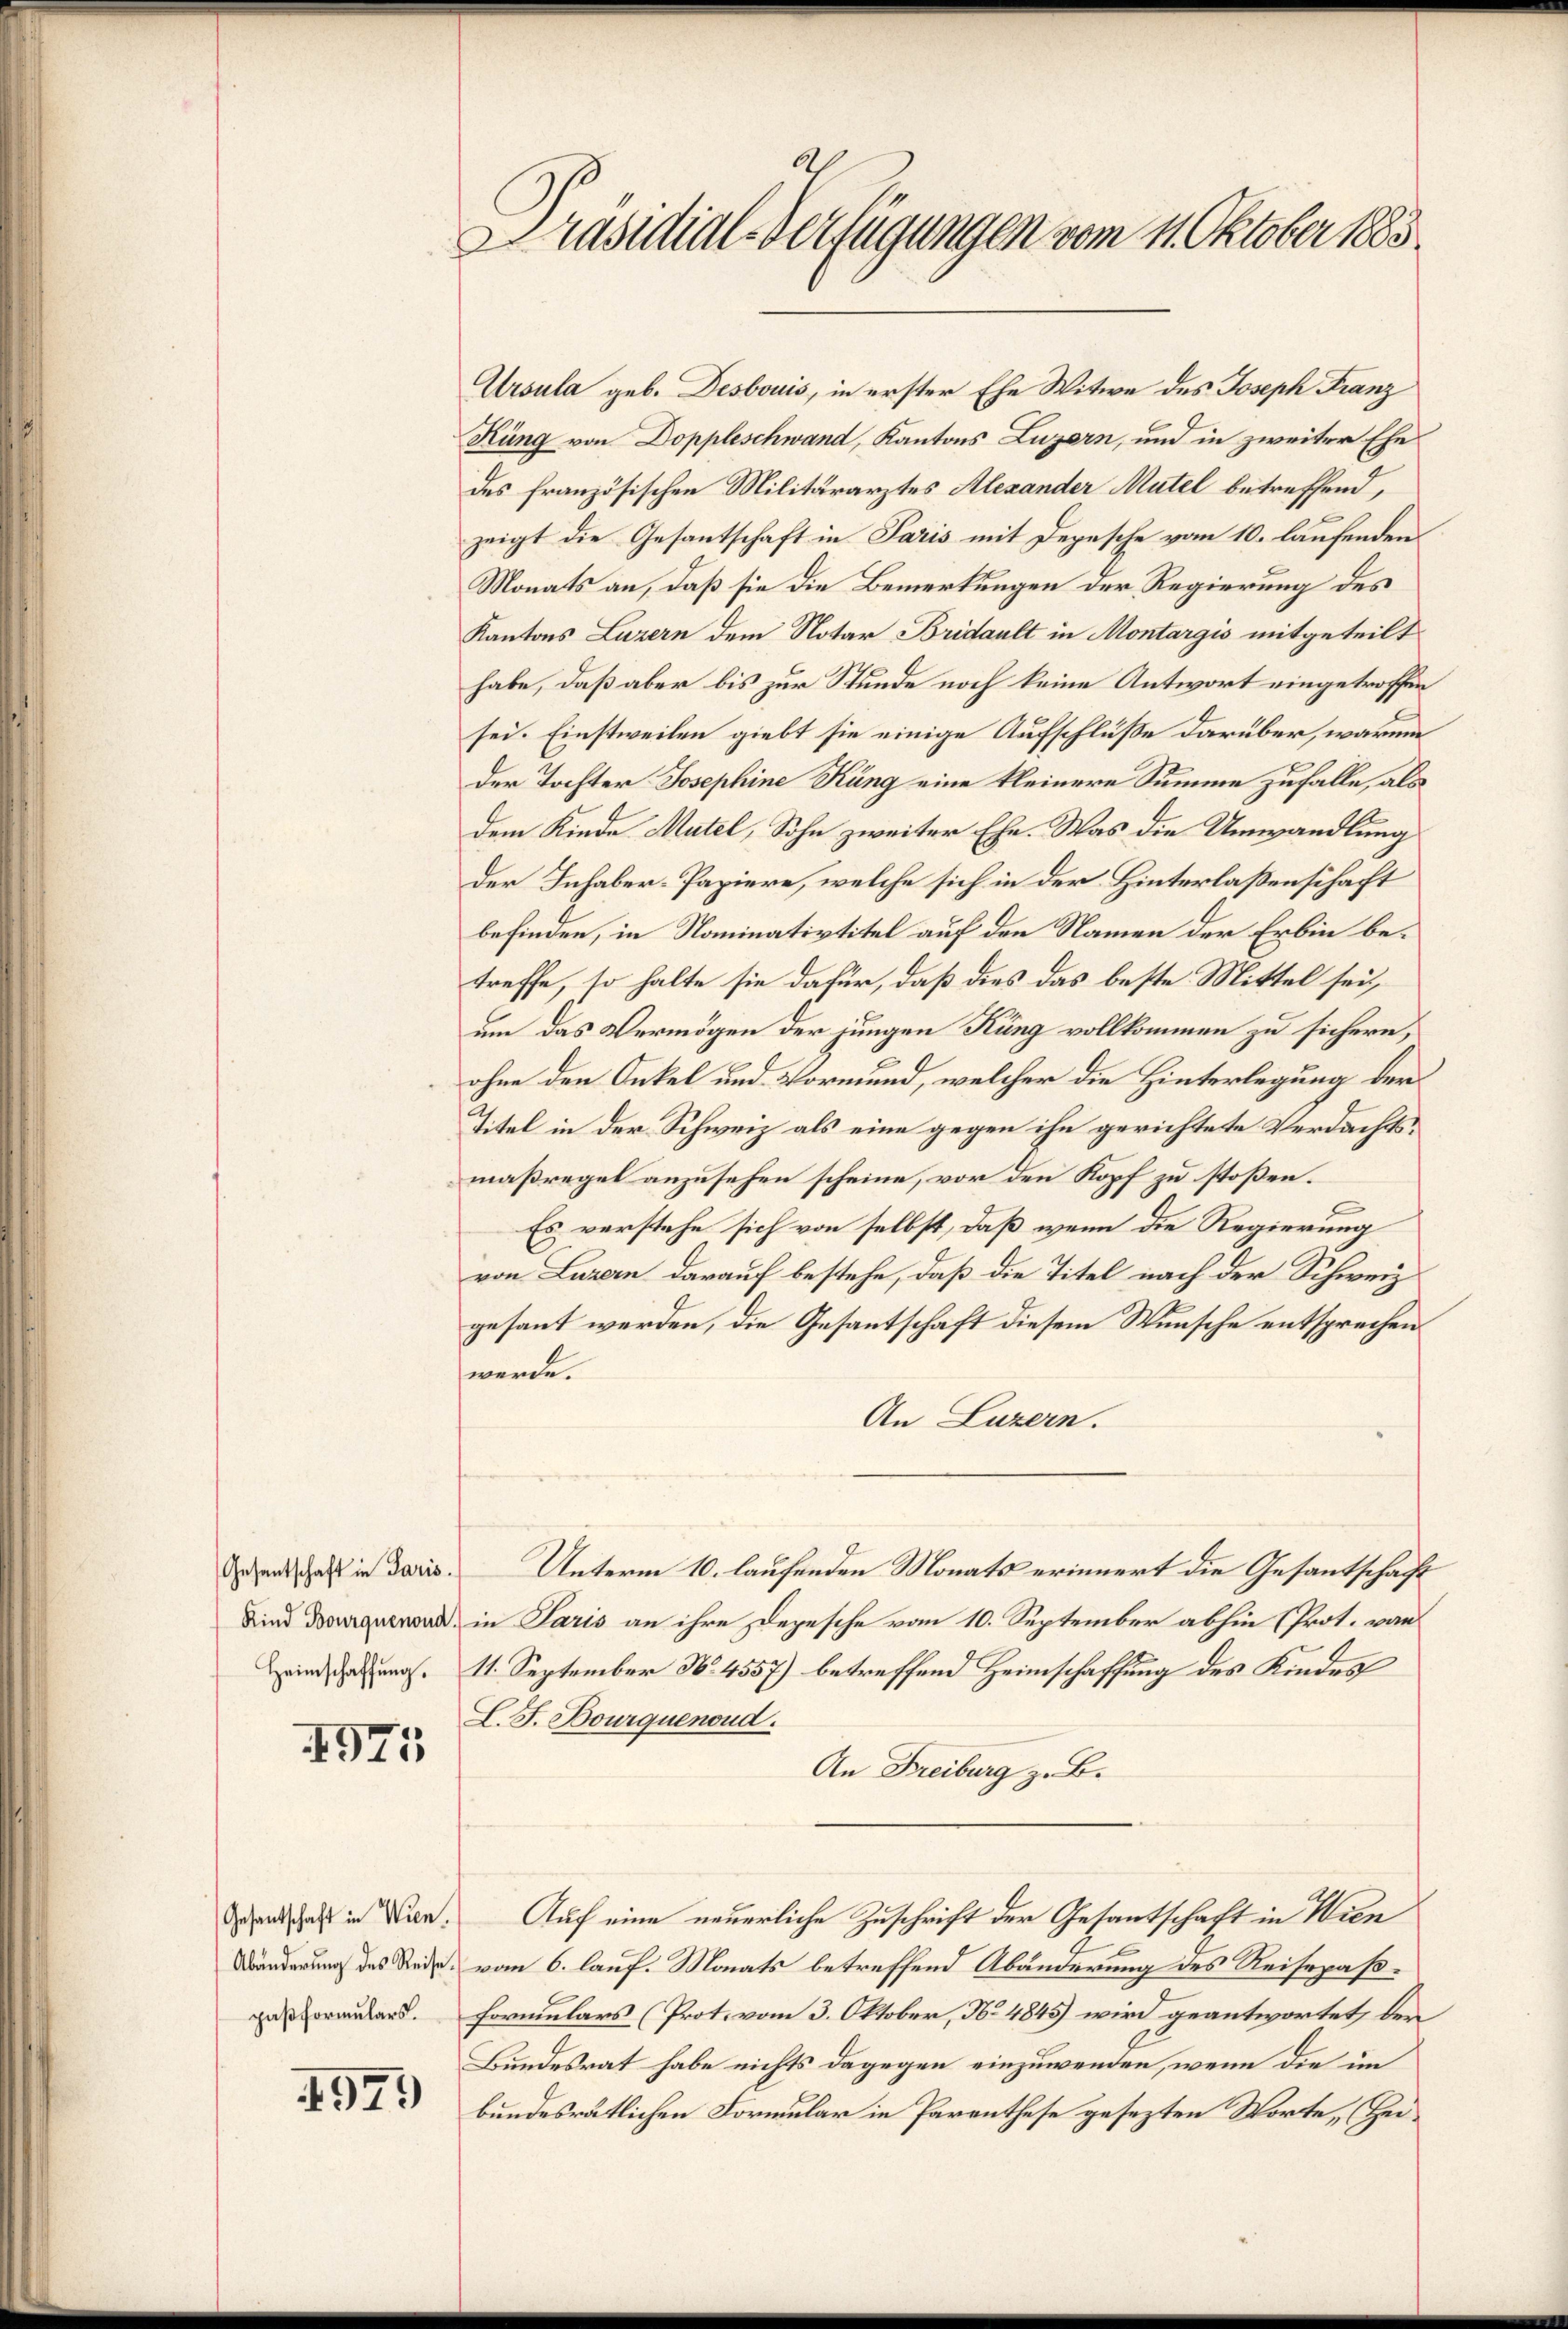
4947

Gesantschaft in Wien.

497.

Präsidial-Verfügungen vom 11. Oktober 1883

Ursula geb. Desbouis, in erster Ehe Witwe des Joseph Franz
Küng von Doppleschwand, Kantons Luzern, und in zweiter Ehe
des französischen Militärarztes Alexander Mutel betreffend,
zeigt die Gesantschaft in Paris mit Depesche vom 10. laufenden
Monats an, daß sie die Bemerkungen der Regierung des
Kantons Luzern dem Notar Bridault in Montargis mitgeteilt
habe, daß aber bis zur Stunde noch keine Antwort eingetroffen
sei. Einstweilen giebt sie einige Aufschluße darüber, warum
der Tochter Josephine Kung eine kleinere Summe zufalle, als
dem Kinde Matel, Sohn zweiter Ehe. Was die Umwandlung
Der Inhaber-Papiere, welche sich in der Hinterlaßenschaft
befinden, in Nominativtitel auf den Namen der Erbin betreffe, so halte sie dafür, daß dies das beste Mittel sei,
um das Vermögen der jungen Küng vollkommen zu sichern,
ohne den Onkel und Vormund, welcher die Hinterlegung der
Titel in der Schweiz als eine gegen ihn gerichtete Verdachtsmaßregel anzusehen scheine, vor den Kopf zu stoßen.
Es verstehe sich von selbst, daß wenn die Regierung
von Luzern darauf bestehe, daß die Titel nach der Schweiz
gesant werden, die Gesantschaft diesem Wunsche entsprechen
werde.
An Luzern.
Gesandtschaft in daris. Unterm 10. laufenden Monats erinnert die Gesantschaft
wad in Paris an ihre Depesche vom 10. September abhin (Prot. von
Heimathun. 11. September N. 4557) betreffend Heimschaffung des Kindes
L. F. Bourquenoud.
An Freiburg z. B.
Auf eine neuerliche Zuschrift der Gesantschaft in Wien
Wänderung des Reise, vom 6. lauf. Monats betreffend Abänderung des Reisepaßparaters. Formulars (Prot. vom 3. Oktober, No 4845) wird geantwortet, bei
Bundesrat habe nichts dagegen einzuwenden, wenn die im
bundesrätlichen Formular in Parenthese gesezten Worte, (Hei¬